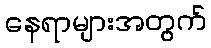
နေရာများအတွက်